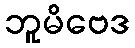
ဘူမိဗေဒ